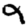
Digit: 9